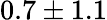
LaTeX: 0.7\pm 1.1